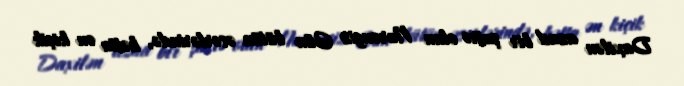
Daxilən azad bir şairə olan Nurəngiz Gün bütün əsərlərində, hətta ən kiçik